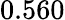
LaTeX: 0.560